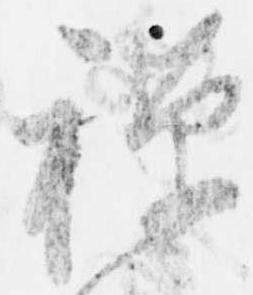
禅